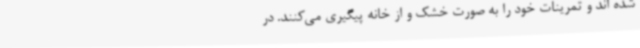
شده اند و تمرینات خود را به صورت خشک و از خانه پیگیری می‌کنند. در